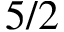
5 / 2